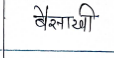
मजकूर: बैसाखी